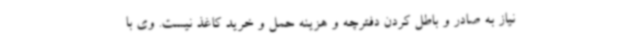
نیاز به صادر و باطل کردن دفترچه و هزینه حمل و خرید کاغذ نیست. وی با